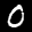
Label: 0